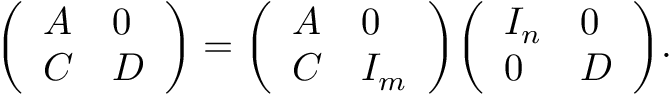
{ \left( \begin{array} { l l } { A } & { 0 } \\ { C } & { D } \end{array} \right) } = { \left( \begin{array} { l l } { A } & { 0 } \\ { C } & { I _ { m } } \end{array} \right) } { \left( \begin{array} { l l } { I _ { n } } & { 0 } \\ { 0 } & { D } \end{array} \right) } .